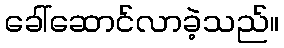
ခေါ်ဆောင်လာခဲ့သည်။